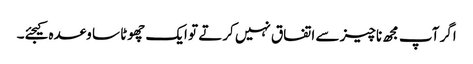
اگر آپ مجھ ناچیز سے اتفاق نہیں کرتے تو ایک چھوٹا سا وعدہ کیجئے۔